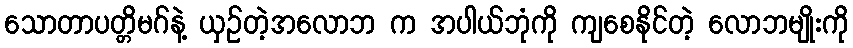
သောတာပတ္တိမဂ်နဲ့ ယှဉ်တဲ့အလောဘ က အပါယ်ဘုံကို ကျစေနိုင်တဲ့ လောဘမျိုးကို